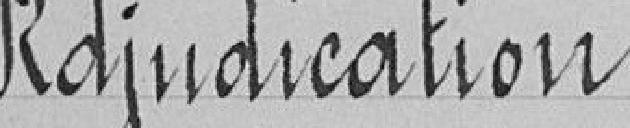
Adjudication